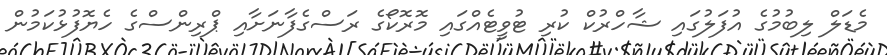
މެޑަލް ލިބުމުގެ އުފަލުގައި ޝާހްރުކް ކުރި ޓުވީޓެއްގައި މޮރޮކޯގެ ރަސްގެފާނަށާއި ޕްރިންސްގެ ހެޔޮފުޅުކަމުން